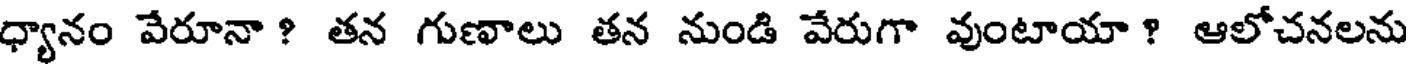
ధ్యానం వేరూనా ? తన గుణాలు తన నుండి వేరుగా వుంటాయా ? ఆలోచనలను